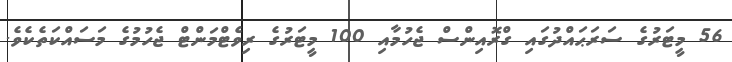
56 މީޓަރުގެ ސަރަޙައްދުގައި ގްރޮއިންސް ޖެހުމާއި 100 މީޓަރުގެ ރިވެޓްމަންޓް ޖެހުމުގެ މަސައްކަތެކެވެ.